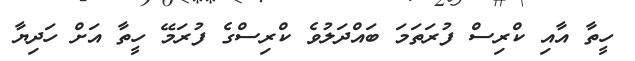
ހީތާ އާއި ކްރިސް ފުރަތަމަ ބައްދަލުވެ ކްރިސްގެ ފުރަމޭ ހީތާ އަށް ހަދިޔާ